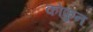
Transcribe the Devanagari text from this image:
कोफुन